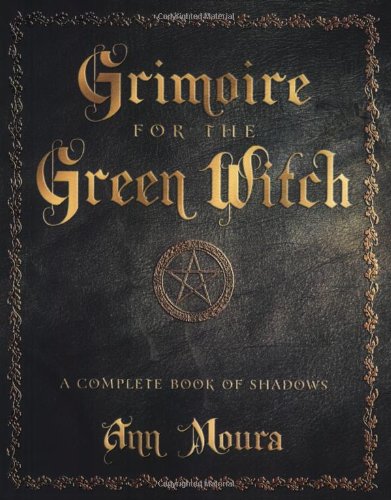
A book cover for Grimoire for the Green Witch: A Complete Book of Shadows; Ann Moura; Religion & Spirituality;